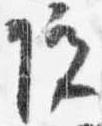
院